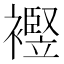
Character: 𧞀